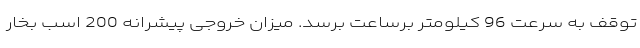
توقف به سرعت 96 کیلومتر برساعت برسد. میزان خروجی پیشرانه 200 اسب بخار